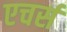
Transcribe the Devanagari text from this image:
एचर्स